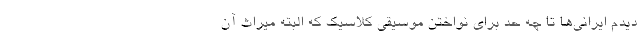
دیدم ایرانی‌ها تا چه حد برای نواختن موسیقی کلاسیک که البته میراث آن